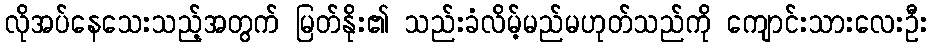
လိုအပ်နေသေးသည့်အတွက် မြတ်နိုး၏ သည်းခံလိမ့်မည်မဟုတ်သည်ကို ကျောင်းသားလေးဦး